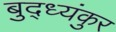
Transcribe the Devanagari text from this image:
बुद्ध्यंकुर